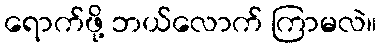
ရောက်ဖို့ ဘယ်လောက် ကြာမလဲ။